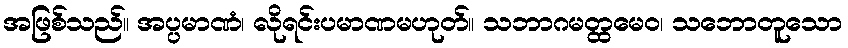
အဖြစ်သည်။ အပ္ပမာဏံ၊ လိုရင်းပမာဏမဟုတ်။ သဘာဂမတ္ထမေဝ၊ သဘောတူသော